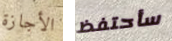
الأجازة سأحتفظ